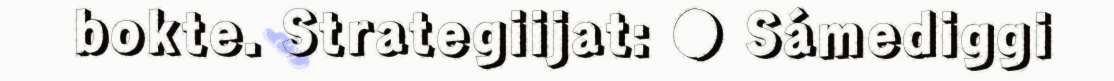
bokte. Strategiijat: ● Sámediggi